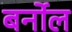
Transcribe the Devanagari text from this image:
बर्नोल